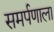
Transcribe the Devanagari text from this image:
समर्पणाला